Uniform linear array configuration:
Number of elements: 48
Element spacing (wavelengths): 0.25
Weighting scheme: exponential
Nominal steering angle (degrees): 60
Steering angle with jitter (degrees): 58.824
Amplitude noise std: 0.05
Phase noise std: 0.05

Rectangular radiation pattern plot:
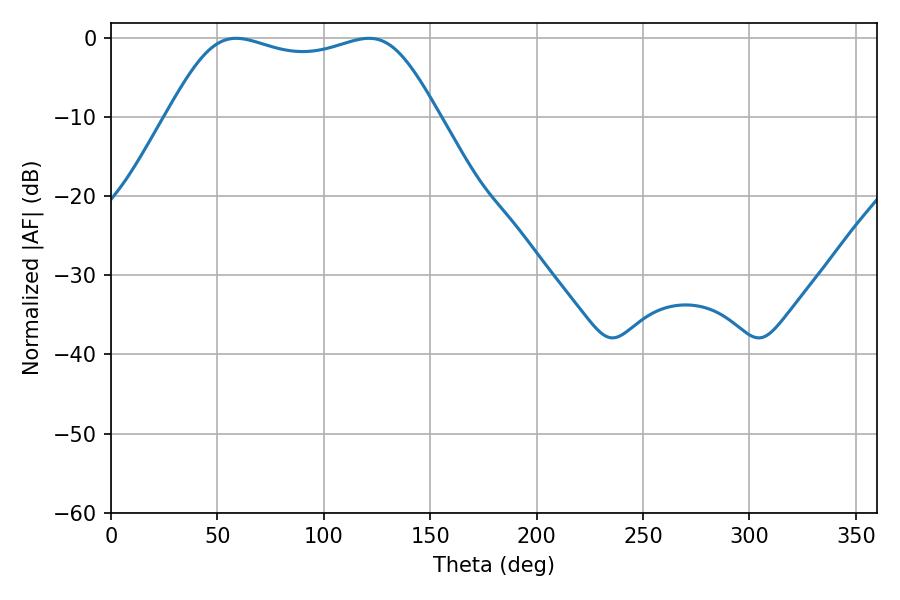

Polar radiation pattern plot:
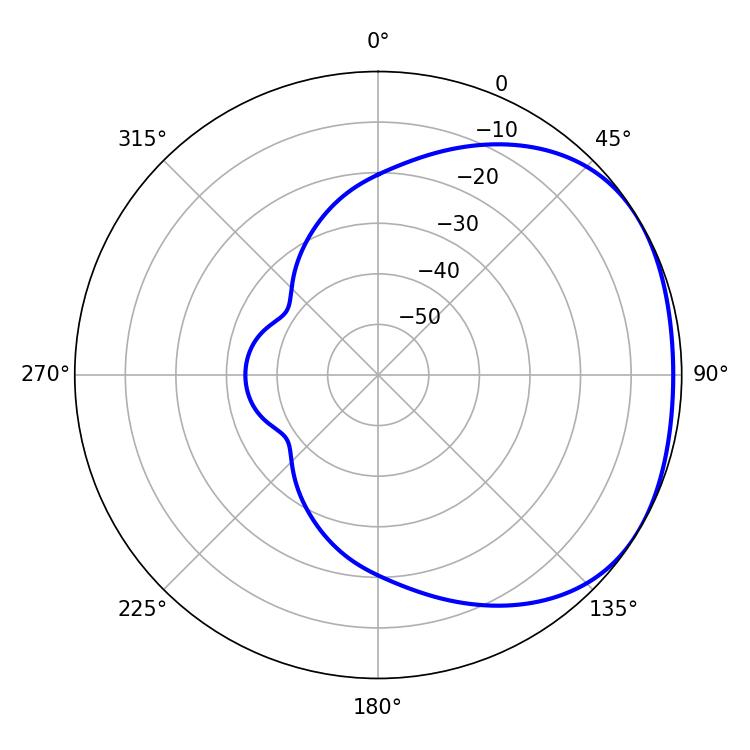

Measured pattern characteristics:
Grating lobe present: FALSE
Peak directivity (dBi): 1.774
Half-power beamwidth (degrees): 97.92
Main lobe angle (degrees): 58.86